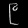
Digit: ၉